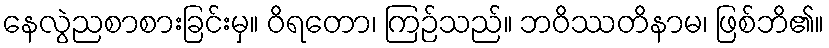
နေလွဲညစာစားခြင်းမှ။ ဝိရတော၊ ကြဉ်သည်။ ဘဝိဿတိနာမ၊ ဖြစ်ဘိ၏။